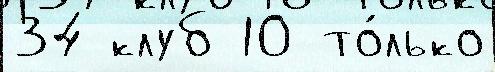
34 клуб 10 то́лько